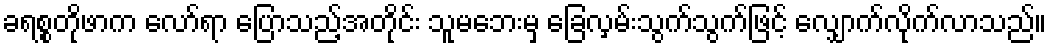
ခရစ္စတိုဖာက လော်ရာ ပြောသည့်အတိုင်း သူမဘေးမှ ခြေလှမ်းသွက်သွက်ဖြင့် လျှောက်လိုက်လာသည်။